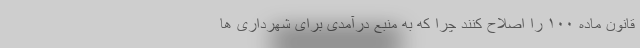
قانون ماده ۱۰۰ را اصلاح کنند چرا که به منبع درآمدی برای شهرداری ها